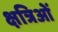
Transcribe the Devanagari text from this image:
क्षत्रिओं